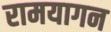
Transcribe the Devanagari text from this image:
रामयागन